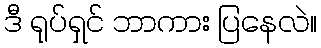
ဒီ ရုပ်ရှင် ဘာကား ပြနေလဲ။